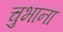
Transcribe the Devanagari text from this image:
चुभाना